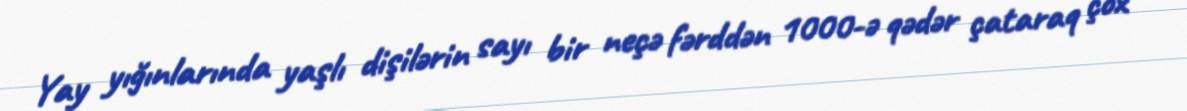
Yay yığınlarında yaşlı dişilərin sayı bir neçə fərddən 1000-ə qədər çataraq çox